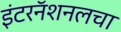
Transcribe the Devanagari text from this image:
इंटरनॅशनलचा